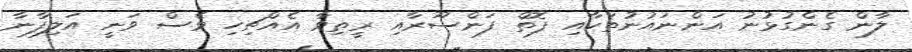
ލާން ގެންގުޅުނު އަންނައުނުތަކާއި ފޮތް ފަންސޫރާއި ރީތިވާ އެއްޗިހި ވެސް ވަނީ އަލިފާނާ